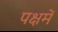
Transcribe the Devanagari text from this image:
पक्षमें